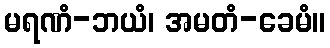
မရဏံ-ဘယံ၊ အမတံ-ခေမံ။